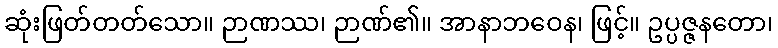
ဆုံးဖြတ်တတ်သော။ ဉာဏဿ၊ ဉာဏ်၏။ အာနာဘဝေန၊ ဖြင့်။ ဥပ္ပဇ္ဇနတော၊